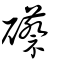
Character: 礤